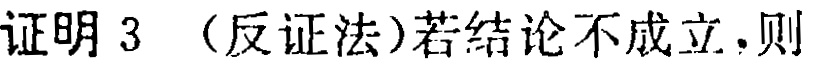
证明3 （反证法）若结论不成立，则